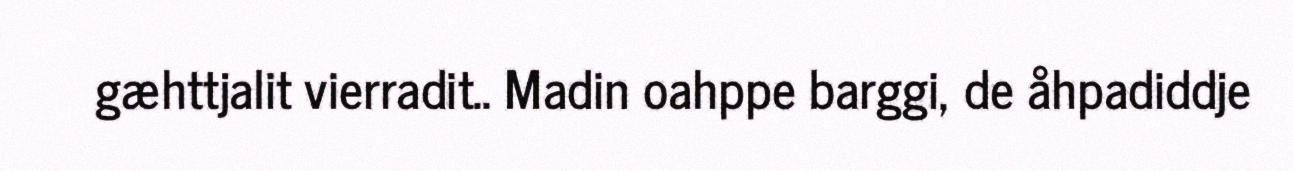
gæhttjalit vierradit.. Madin oahppe barggi, de åhpadiddje